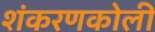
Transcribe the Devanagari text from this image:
शंकरणकोली